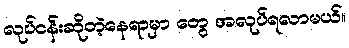
လုပ်ငန်းဆိုတဲ့နေရာမှာ တွေ အလုပ်ရလာမယ်။